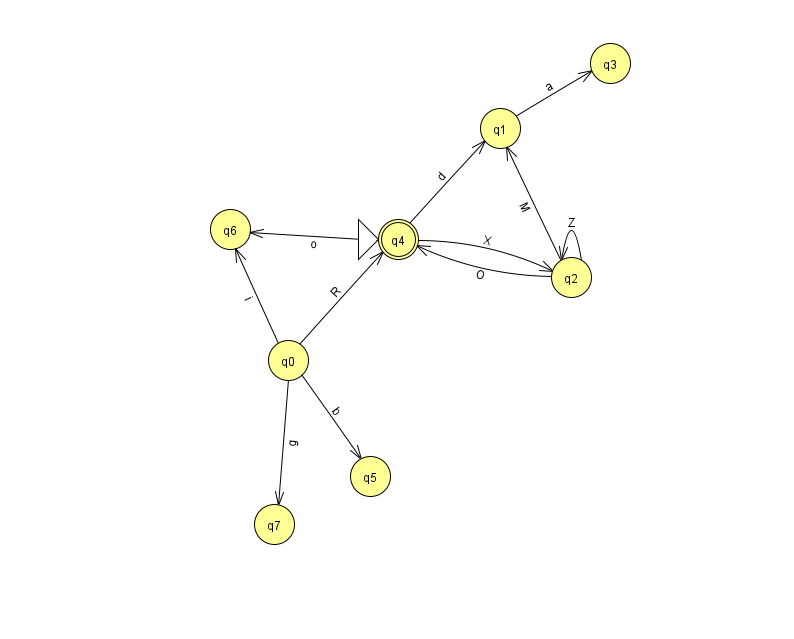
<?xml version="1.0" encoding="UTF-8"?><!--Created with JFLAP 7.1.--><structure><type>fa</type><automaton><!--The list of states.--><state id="0" name="q0"><x>288.0</x><y>347.0</y></state><state id="1" name="q1"><x>500.0</x><y>115.0</y></state><state id="2" name="q2"><x>571.0</x><y>264.0</y></state><state id="3" name="q3"><x>610.0</x><y>50.0</y></state><state id="4" name="q4"><x>398.0</x><y>226.0</y><initial/><final/></state><state id="5" name="q5"><x>370.0</x><y>463.0</y></state><state id="6" name="q6"><x>230.0</x><y>216.0</y></state><state id="7" name="q7"><x>274.0</x><y>511.0</y></state><!--The list of transitions.--><transition><from>4</from><to>1</to><read>d</read></transition><transition><from>0</from><to>6</to><read>i</read></transition><transition><from>0</from><to>5</to><read>b</read></transition><transition><from>1</from><to>3</to><read>a</read></transition><transition><from>0</from><to>7</to><read>g</read></transition><transition><from>4</from><to>2</to><read>X</read></transition><transition><from>4</from><to>6</to><read>o</read></transition><transition><from>2</from><to>1</to><read>M</read></transition><transition><from>2</from><to>2</to><read>Z</read></transition><transition><from>0</from><to>4</to><read>R</read></transition><transition><from>2</from><to>4</to><read>O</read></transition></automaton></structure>